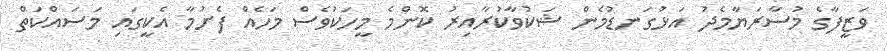
ވަޒީފާގެ މުސާރަޔާމެދު އަޅުގަނޑުމެން ޝަކުވާކުރާއިރު ކޮންމެ މީހަކުވެސް މަހެއް ފެށުމާ އެކީގައި މަސައްކަތް